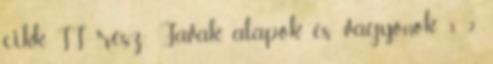
cikk. II. rész. Javak, alapok és vagyonok. 3. 2.